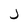
Character: J